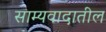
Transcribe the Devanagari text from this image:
साम्यवादातील